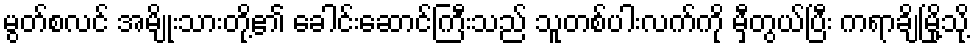
မွတ်စလင် အမျိုးသားတို့၏ ခေါင်းဆောင်ကြီးသည် သူတစ်ပါးလက်ကို မှီတွယ်ပြီး ကရာချိမြို့သို့